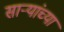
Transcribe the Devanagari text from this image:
सार्‍यांच्या